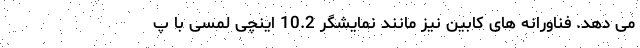
می دهد. فناورانه های کابین نیز مانند نمایشگر 10.2 اینچی لمسی با پ